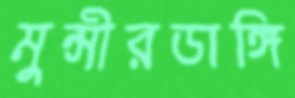
মুন্সীরডাঙ্গি